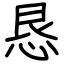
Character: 恳